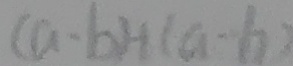
( a - b ) + ( a - b )